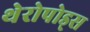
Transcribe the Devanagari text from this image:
थेरोपोड्स